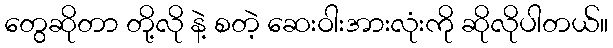
တွေဆိုတာ တို့လို နဲ့ စတဲ့ ဆေးဝါးအားလုံးကို ဆိုလိုပါတယ်။